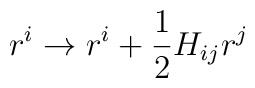
r^i \rightarrow r^i + {1 \over 2} H_{ij} r^j